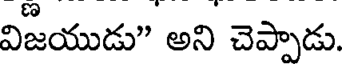
విజయుడు" అని చెప్పాడు.